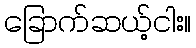
ခြောက်ဆယ့်ငါး။